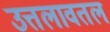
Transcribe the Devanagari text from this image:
उत्तलावतल